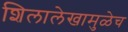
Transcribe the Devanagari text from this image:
शिलालेखामुळेच